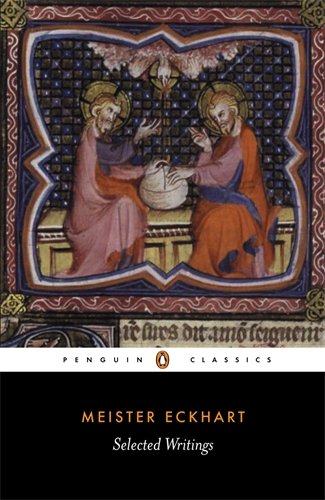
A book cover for Selected Writings (Penguin Classics); Meister Eckhart; Christian Books & Bibles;